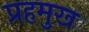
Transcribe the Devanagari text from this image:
प्रहमुख